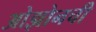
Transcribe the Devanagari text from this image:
ओझोनची